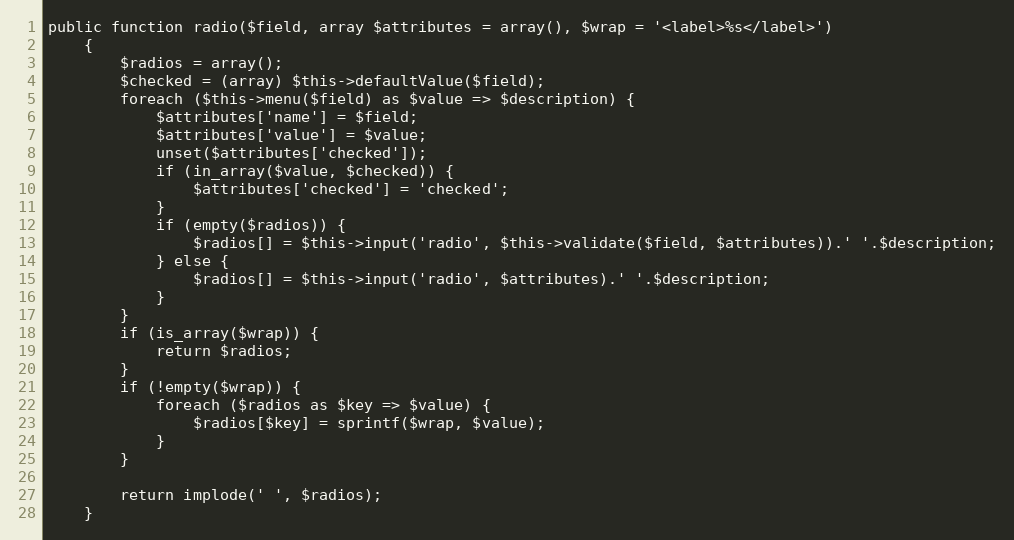
Language: PHP
public function radio($field, array $attributes = array(), $wrap = '<label>%s</label>')
    {
        $radios = array();
        $checked = (array) $this->defaultValue($field);
        foreach ($this->menu($field) as $value => $description) {
            $attributes['name'] = $field;
            $attributes['value'] = $value;
            unset($attributes['checked']);
            if (in_array($value, $checked)) {
                $attributes['checked'] = 'checked';
            }
            if (empty($radios)) {
                $radios[] = $this->input('radio', $this->validate($field, $attributes)).' '.$description;
            } else {
                $radios[] = $this->input('radio', $attributes).' '.$description;
            }
        }
        if (is_array($wrap)) {
            return $radios;
        }
        if (!empty($wrap)) {
            foreach ($radios as $key => $value) {
                $radios[$key] = sprintf($wrap, $value);
            }
        }

        return implode(' ', $radios);
    }